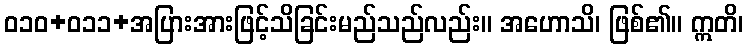
ဝ၁၀+၀၁၁+အပြားအားဖြင့်သိခြင်းမည်သည်လည်း။ အဟောသိ၊ ဖြစ်၏။ ဣတိ၊